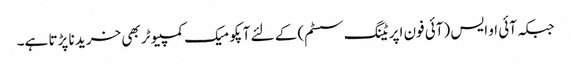
جبکہ آئی او ایس (آئی فون اپریٹنگ سسٹم) کے لئے آپکو میک کمپیوٹر بھی خرید نا پڑتا ہے۔